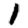
Digit: 1